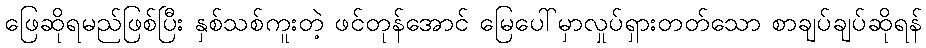
ဖြေဆိုရမည်ဖြစ်ပြီး နှစ်သစ်ကူးတဲ့ ဖင်တုန်အောင် မြေပေါ်မှာလှုပ်ရှားတတ်သော စာချပ်ချပ်ဆိုရန်